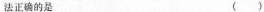
法正确的是 ( )